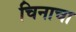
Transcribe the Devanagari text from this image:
चिनाचा